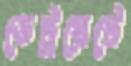
ডেট্রয়েটে